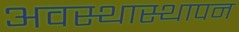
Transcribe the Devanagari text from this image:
अवस्थास्थापन